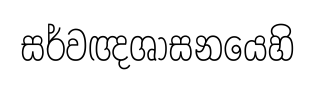
සර්වඥශාසනයෙහි